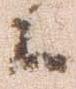
々